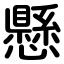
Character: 懸